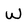
Character: W